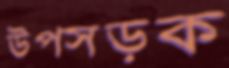
উপসড়ক